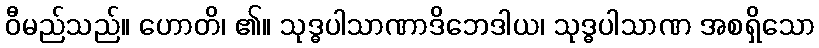
ဝီမည်သည်။ ဟောတိ၊ ၏။ သုဒ္ဓပါသာဏာဒိဘေဒါယ၊ သုဒ္ဓပါသာဏ အစရှိသော